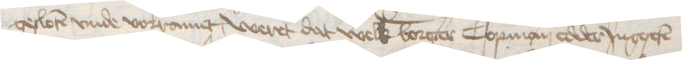
gesloten vnde vorramet, weret dat welk borger Copman edder Jngeseten